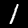
Digit: 1